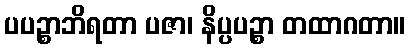
ပပဉ္စာဘိရတာ ပဇာ၊ နိပ္ပပဉ္စာ တထာဂတာ။